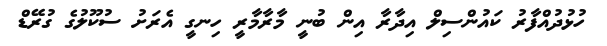
ހުޅުދުއްފާރު ކައުންސިލް އިދާރާ އިން ބުނީ މާރާމާރީ ހިނގީ އެރަށު ސުކޫލުގެ ގުރޭޑް